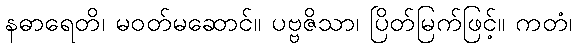
နဓာရေတိ၊ မဝတ်မဆောင်။ ပဗ္ဗဇိသာ၊ ပြိတ်မြက်ဖြင့်။ ကတံ၊